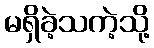
မရှိခဲ့သကဲ့သို့